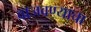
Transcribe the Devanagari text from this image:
वाजवण्याचा